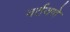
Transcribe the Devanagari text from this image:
वर्तवणे